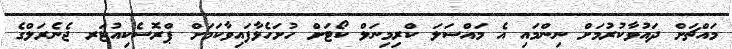
މައްޗަށް ދައުވާކުރުމަށް ނިންމައި އެ މައްސަލަ ކްރިމިނަލް ކޯޓަށް ހުށަހެޅާފައިވާކަމަށް ޕްރޮސެކިއުޓަރ ޖެނެރަލްގެ